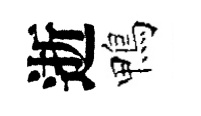
逝鴨